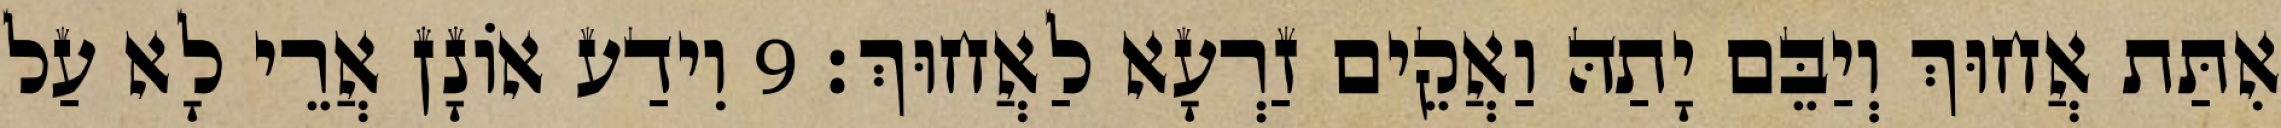
אִתַּת אֲחוּךְ וְיַבֵּם יָתַהּ וַאֲקֵים זַרְעָא לַאֲחוּךְ׃ 9 וִידַע אוֹנָן אֲרֵי לָא עַל